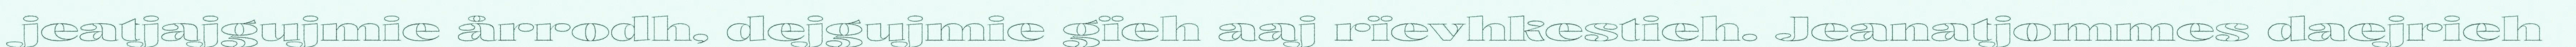
jeatjajgujmie årrodh, dejgujmie gïeh aaj rïevhkestieh. Jeanatjommes daejrieh